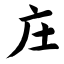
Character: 庄